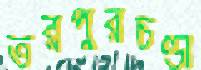
তরপুরচণ্ডী